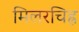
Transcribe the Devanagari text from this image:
मिलरचिह्र